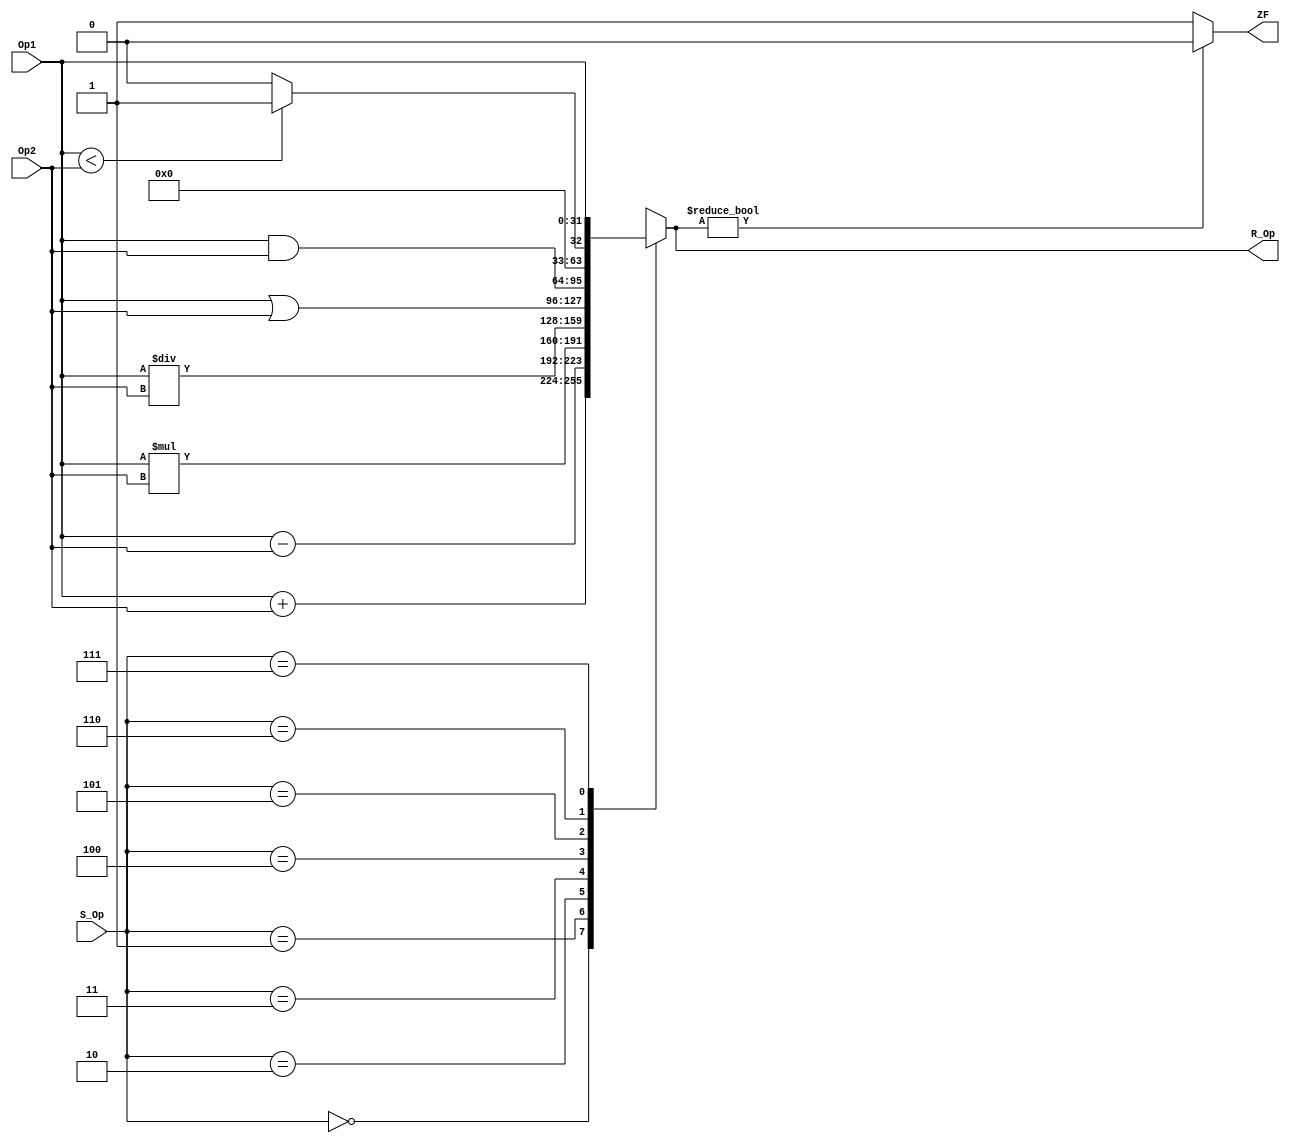
`timescale 1ns/1ns

//1- Module y Puertos 1/0
module ALU (
		
		//Entradas
		input [31:0]Op1,
		input [31:0]Op2,
		input [2:0]S_Op,
		//Salidas
		output reg ZF,
		output reg[31:0]R_Op
);

//2- Delcaracion de seales --> NA(No aplica)

//3- Cuerpo del modulo

//Bloque Always
always @*

begin //Inicio_A
	
	case (S_Op)
		
		3'b000: //1. ADD
			R_Op = Op1 + Op2;
		
		3'b001: //2. SUB
			R_Op = Op1 - Op2;
		
		3'b010: //3. MULT
			R_Op = Op1 * Op2;
		
		3'b011: //4. DIV
			R_Op = Op1 / Op2;

		3'b100: //5. OR
			R_Op = Op1 | Op2;
		
		3'b101: //6. AND
			R_Op = Op1 & Op2;
		
		3'b110: //7. SLT
			R_Op = (Op1<Op2) ? 32'b1:32'b0;

		3'b111: //8. NOP/SLL
			R_Op = Op1 << 0;
			
		default:
			R_Op = 32'bx;
	
	endcase

	//Flag
	ZF <= (R_Op) ? 0:1;

end //Fin_A

endmodule